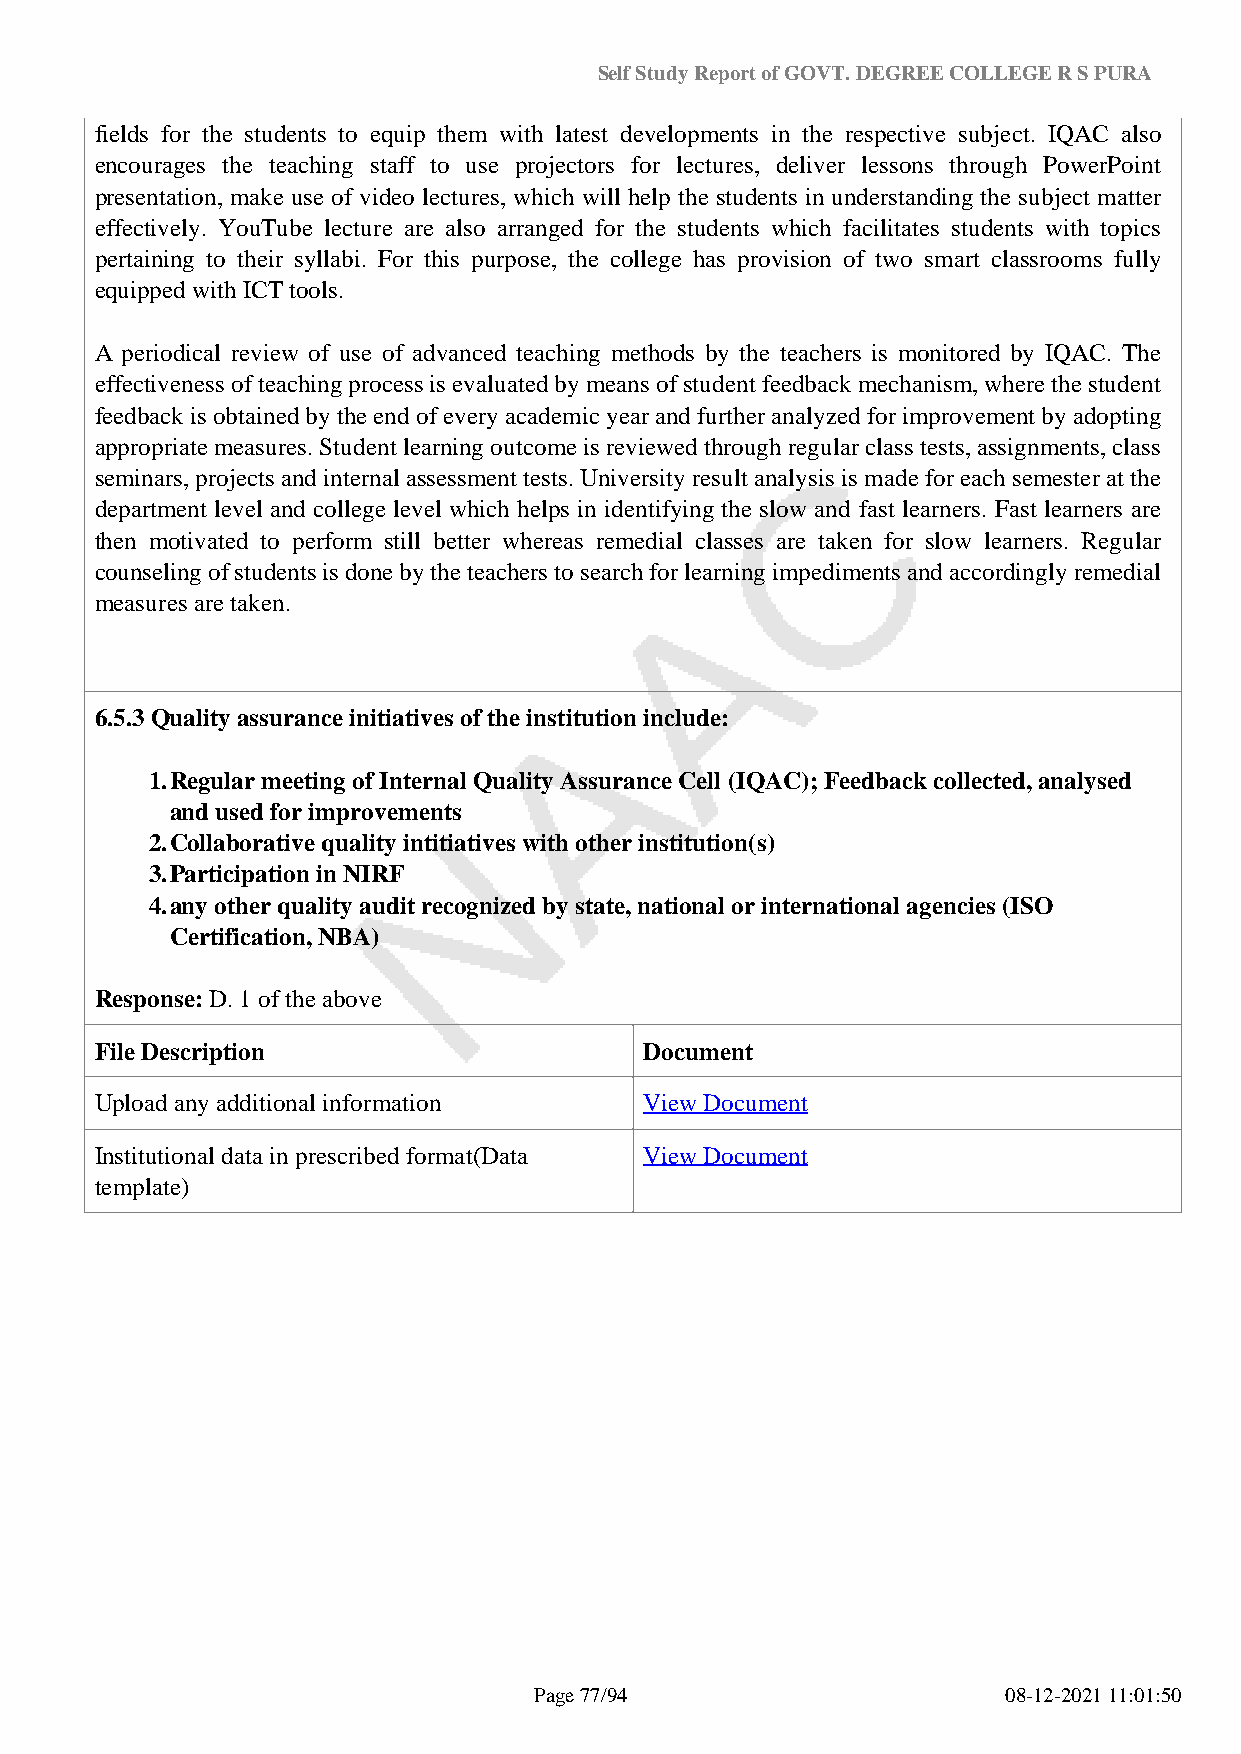
Self Study Report of GOVT. DEGREE COLLEGE R S PURA
 fields for the students to equip them with latest developments in the respective subject. IQAC also
 encourages the teaching staff to use projectors for lectures, deliver lessons through PowerPoint
 presentation, make use of video lectures, which will help the students in understanding the subject matter
 effectively. YouTube lecture are also arranged for the students which facilitates students with topics
 pertaining to their syllabi. For this purpose, the college has provision of two smart classrooms fully
 equipped with ICT tools.
 A periodical review of use of advanced teaching methods by the teachers is monitored by IQAC. The
 effectiveness of teaching process is evaluated by means of student feedback mechanism, where the student
 feedback is obtained by the end of every academic year and further analyzed for improvement by adopting
 appropriate measures. Student learning outcome is reviewed through regular class tests, assignments, class
 seminars, projects and internal assessment tests. University result analysis is made for each semester at the
 department level and college level which helps in identifying the slow and fast learners. Fast learners are
 then motivated to perform still better whereas remedial classes are taken for slow learners. Regular
 counseling of students is done by the teachers to search for learning impediments and accordingly remedial
 measures are taken.
 6.5.3 Quality assurance initiatives of the institution include:
 1.Regular meeting of Internal Quality Assurance Cell (IQAC); Feedback collected, analysed
 and used for improvements
 2.Collaborative quality intitiatives with other institution(s)
 3.Participation in NIRF
 4.any other quality audit recognized by state, national or international agencies (ISO
 Certification, NBA)
 Response: D. 1 of the above
 File Description                     Document
 Upload any additional information    View Document
 Institutional data in prescribed format(Data View Document
 template)
 Page 77/94                      08-12-2021 11:01:50